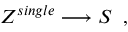
Z ^ { s i n g l e } \longrightarrow S \; \; ,